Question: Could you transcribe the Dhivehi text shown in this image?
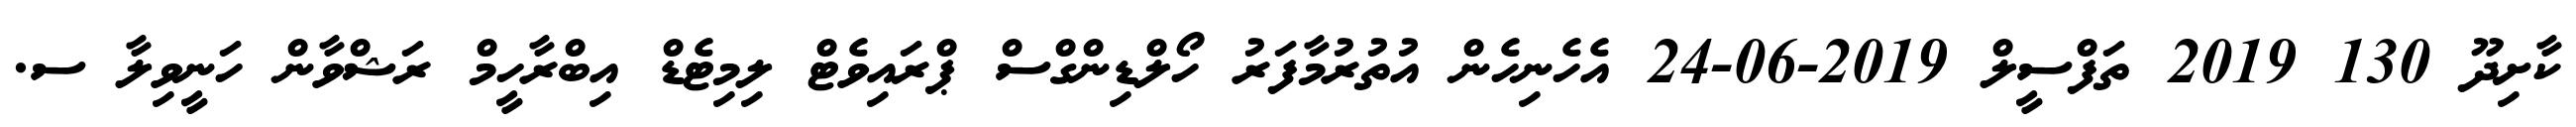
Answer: ކާށިދޫ 130 2019 ތަފްސީލް 2019-06-24 އެހެނިހެން އުތުރުމާފަރު ހޯލްޑިންގްސް ޕްރައިވެޓް ލިމިޓެޑް އިބްރާހީމް ރަޝްވާން ހަނީވިލާ ސ.